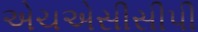
એચએસીસીપી